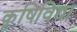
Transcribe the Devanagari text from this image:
कृषिविद्या